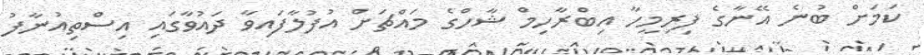
ކަމަށް ބުނެ އޭނާގެ ފިރިމީހާ އިބްރާހިމް ޝާހްގެ މައްޗަށް އުފުލާފައިވާ ދައުވާގައި އިސްތިއުނާފު